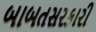
બાબતસરકારી